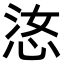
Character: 𫺋